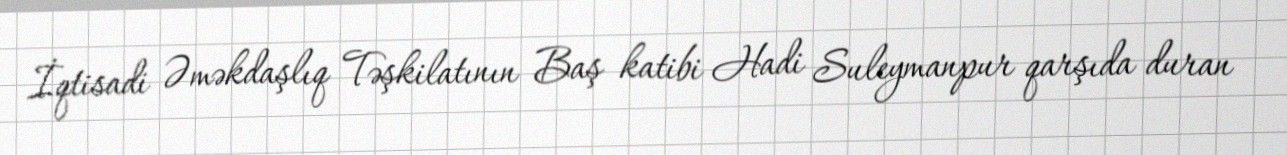
İqtisadi Əməkdaşlıq Təşkilatının Baş katibi Hadi Suleymanpur qarşıda duran